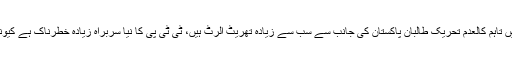
جماعت الاحرار اور داعش سے بھی خطرات ہیں تاہم کالعدم تحریک طالبان پاکستان کی جانب سے سب سے زیادہ تھریٹ الرٹ ہیں، ٹی ٹی پی کا نیا سربراہ زیادہ خطرناک ہے کیونکہ وہ تمام ناراض گروپوں کو اکٹھا کررہا ہے۔